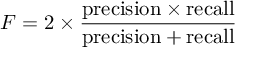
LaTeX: F = 2 \times { \frac { { \mathrm { p r e c i s i o n } } \times { \mathrm { r e c a l l } } } { { \mathrm { p r e c i s i o n } } + { \mathrm { r e c a l l } } } }